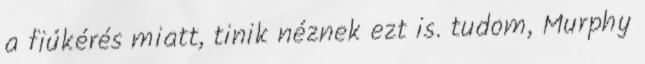
a fiúkérés miatt, tinik néznek ezt is. tudom, Murphy